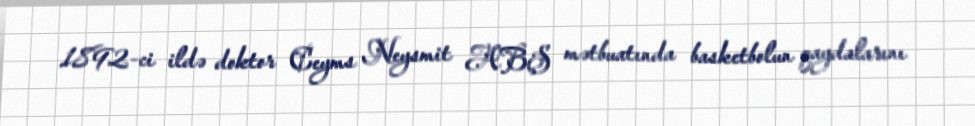
1892-ci ildə doktor Ceyms Neysmit ABŞ mətbuatında basketbolun qaydalarını